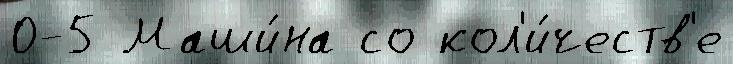
0-5 Маши́на со кол'и́честв'е